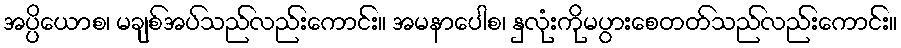
အပ္ပိယောစ၊ မချစ်အပ်သည်လည်းကောင်း။ အမနာပေါစ၊ နှလုံးကိုမပွားစေတတ်သည်လည်းကောင်း။